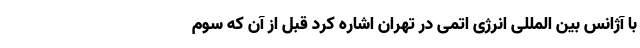
با آژانس بین المللی انرژی اتمی در تهران اشاره کرد قبل از آن که سوم